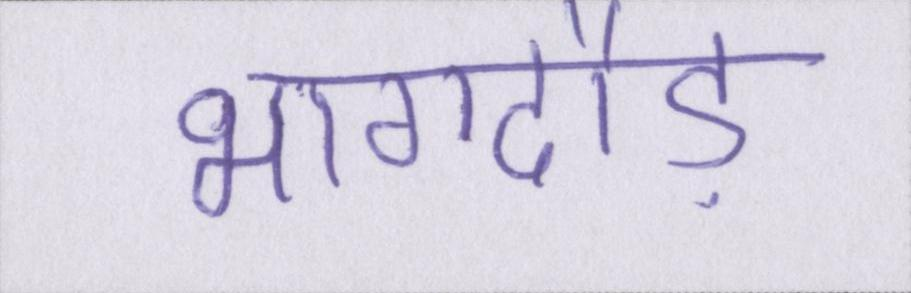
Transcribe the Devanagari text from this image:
भागदौड़